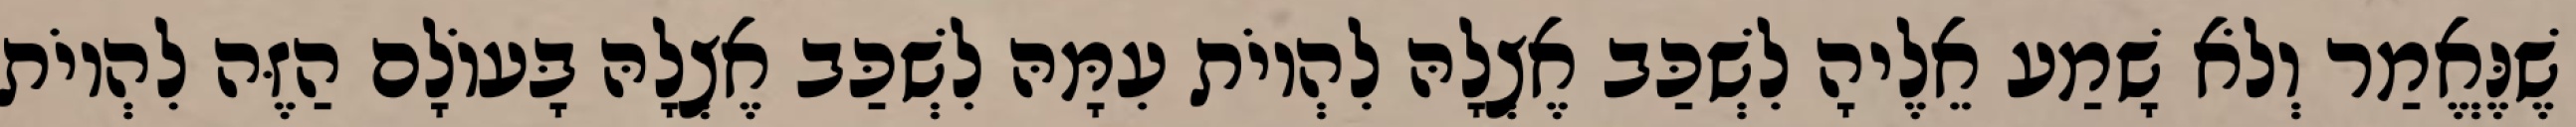
שֶׁנֶּאֱמַר וְלֹא שָׁמַע אֵלֶיהָ לִשְׁכַּב אֶצְלָהּ לִהְיוֹת עִמָּהּ לִשְׁכַּב אֶצְלָהּ בָּעוֹלָם הַזֶּה לִהְיוֹת